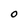
Character: 0